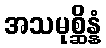
အသမုစ္ဆိန္နံ